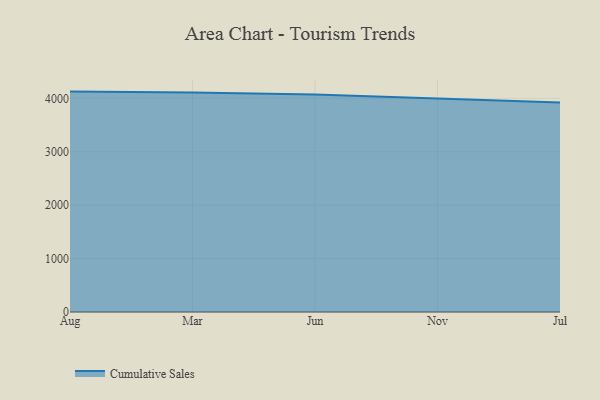
{"axis": {"x": "Month", "y": "Operating Costs (USD K)"}, "legend": ["Cumulative Sales"], "data": [{"x": "Aug", "y": 4126.0, "type": "Cumulative Sales"}, {"x": "Mar", "y": 4108.7, "type": "Cumulative Sales"}, {"x": "Jun", "y": 4069.6, "type": "Cumulative Sales"}, {"x": "Nov", "y": 3991.2, "type": "Cumulative Sales"}, {"x": "Jul", "y": 3924.2, "type": "Cumulative Sales"}]}